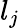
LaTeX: l_{j}